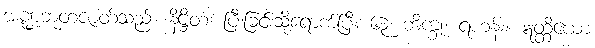
အဏ္ဍဘူတဇာတ်သည်။ နိဋ္ဌိတံ၊ ပြီးခြင်းသို့ရောက်ပြီ။ ၆၃၊ ဘိက္ခု၊ ရဟန်း။ ဣတ္ထိယော